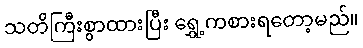
သတိကြီးစွာထားပြီး ရွှေ့ကစားရတော့မည်။